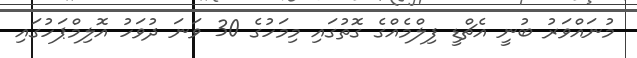
މުނައްވަރު ބުނީ އެޗްޑީ ފިލްމެއްގެ ގޮތުގައި މިމަހުގެ 30 ވަނަ ދުވަހު އޮލިމްޕަހުގައި